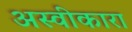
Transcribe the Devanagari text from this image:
अस्वीकारा